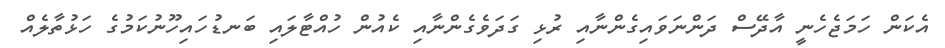
އެކަން ހަމަޖެހެނީ އާދޭސް ދަންނަވައިގެންނާއި ރުޅި ގަދަވެގެންނާއި ކެއުން ހުއްޓާލައި ބަނޑުހައިހޫނުކަމުގެ ހަޅުތާލެއް